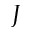
J